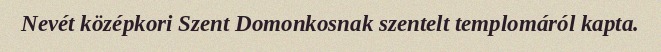
Nevét középkori Szent Domonkosnak szentelt templomáról kapta.